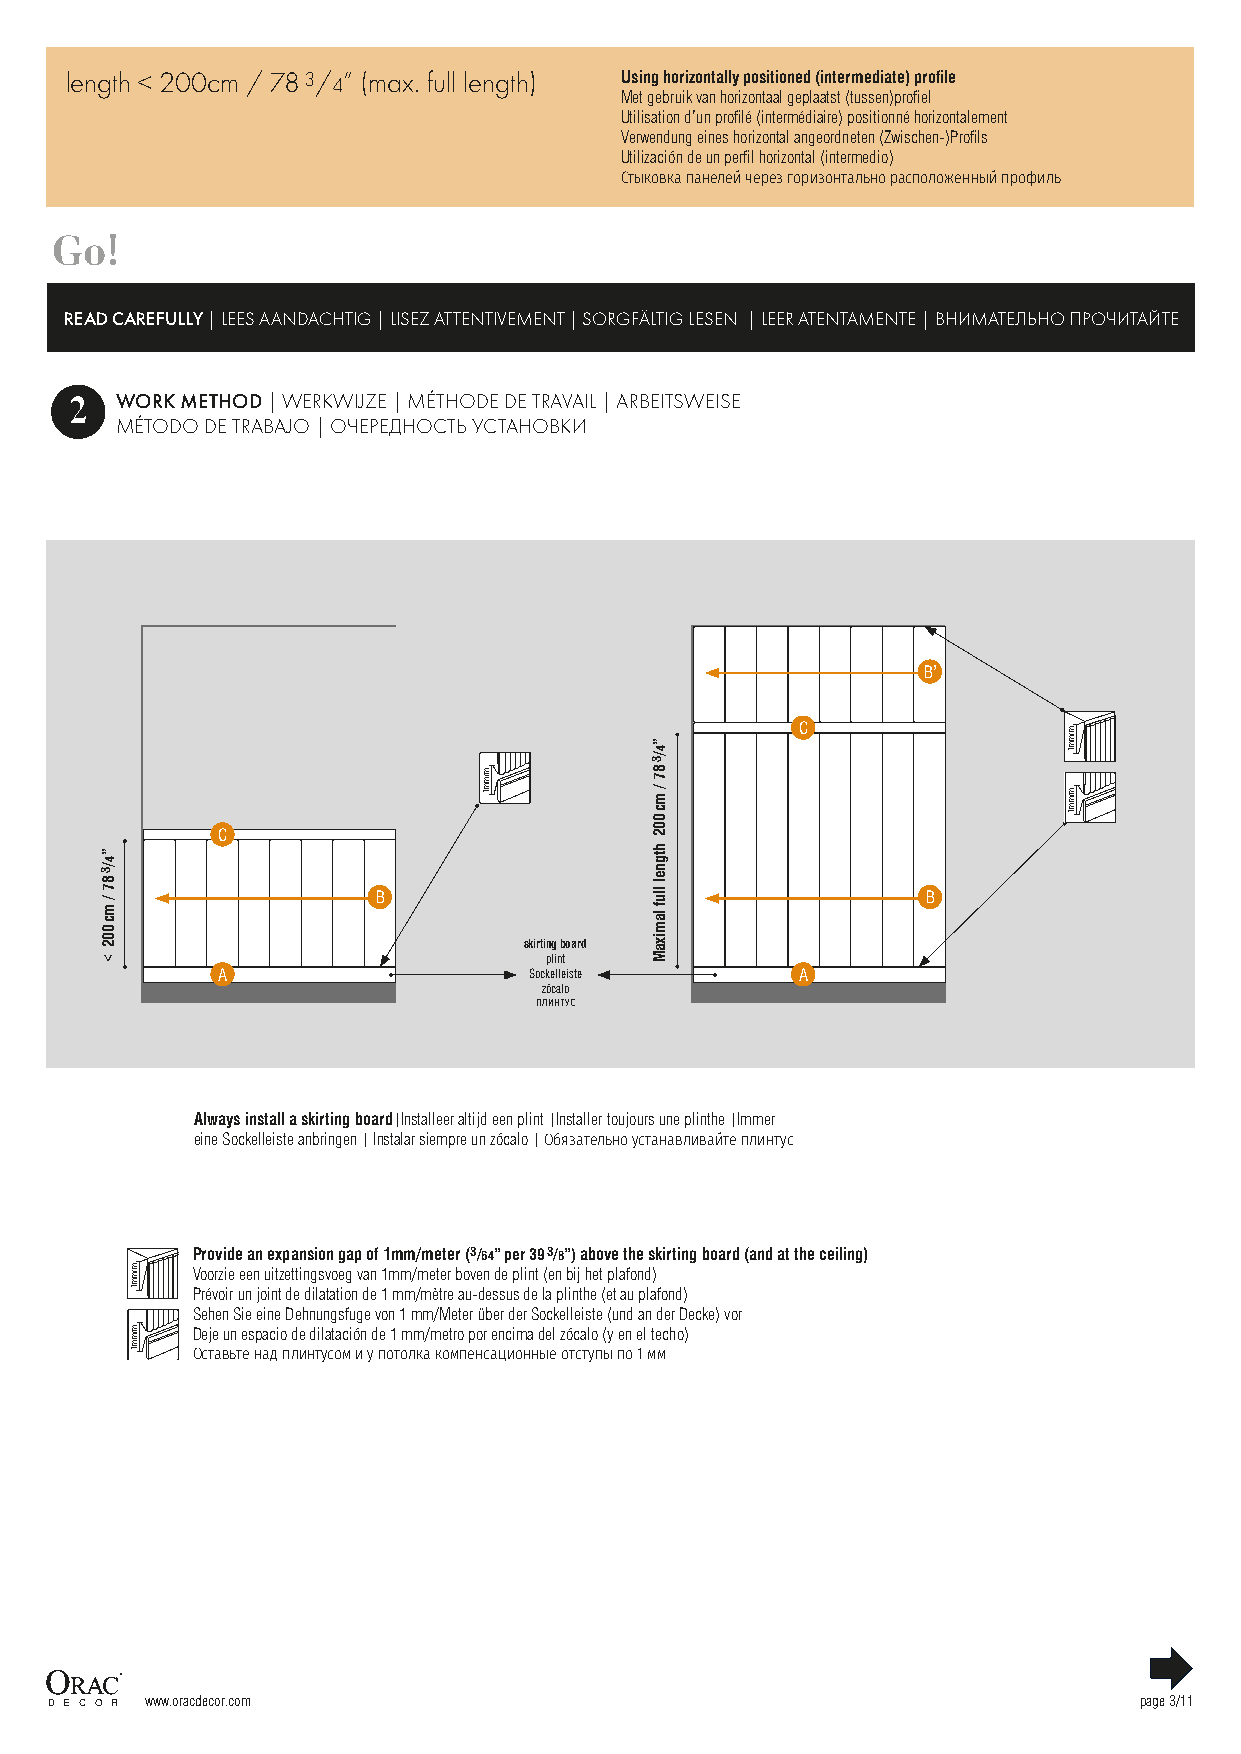
length < 200cm / 78 3/4” (max. full length) Using horizontally positioned (intermediate) profile
 Met gebruik van horizontaal geplaatst (tussen)profiel
 Utilisation d’un profilé (intermédiaire) positionné horizontalement
 Verwendung eines horizontal angeordneten (Zwischen-)Profils
 Utilización de un perfil horizontal (intermedio)
 Стыковка панелей через горизонтально расположенный профиль
 Go!
 READ CAREFULLY | LEES AANDACHTIG | LISEZ ATTENTIVEMENT | SORGFÄLTIG LESEN | LEER ATENTAMENTE | ВНИМАТЕЛЬНО ПРОЧИТАЙТЕ
 2  WORK METHOD | WERKWIJZE | MÉTHODE DE TRAVAIL | ARBEITSWEISE
 MÉTODO DE TRABAJO | ОЧЕРЕДНОСТЬ УСТАНОВКИ
 B’
 C
 C
 B                                   B
 skirting board
 plint
 A                    Sockelleiste      A
 zócalo
 ПЛИНТУС
 Always install a skirting board|Installeer altijd een plint |Installer toujours une plinthe |Immer
 eine Sockelleiste anbringen | Instalar siempre un zócalo | Обязательно устанавливайте плинтус
 Provide an expansion gap of 1mm/meter (3/64” per 39 3/8”) above the skirting board (and at the ceiling)
 Voorzie een uitzettingsvoeg van 1mm/meter boven de plint (en bij het plafond)
 Prévoir un joint de dilatation de 1 mm/mètre au-dessus de la plinthe (et au plafond)
 Sehen Sie eine Dehnungsfuge von 1 mm/Meter über der Sockelleiste (und an der Decke) vor
 Deje un espacio de dilatación de 1 mm/metro por encima del zócalo (y en el techo)
 Оставьте над плинтусом и у потолка компенсационные отступы по 1 мм
 www.oracdecor.com                                                page 3/11
 ”4/3
 87
 /
 mc
 002
 <
 m/mm1
 m/mm1
 m/mm1
 ”4/3
 87
 / mc
 002
 htgnel
 lluf
 lamixaM
 m/mm1
 m/mm1